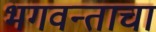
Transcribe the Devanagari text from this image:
भगवन्ताचा